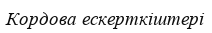
Кордова ескерткіштері